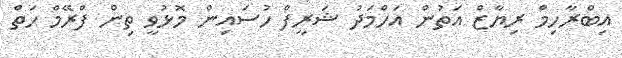
އިބްރާހިމް ރިޔާޒް އަތުން އަހްމަދު ޝަރީފް ހުސައިން މޮޅުވީ ތިން ފްރޭމް ހަތް